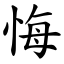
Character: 悔